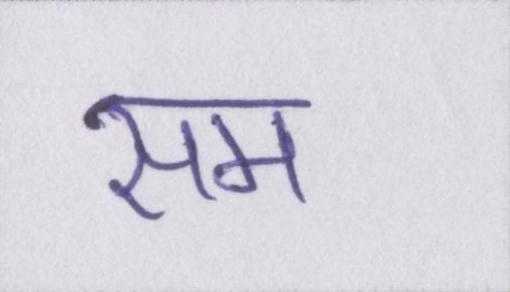
सम